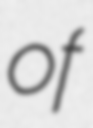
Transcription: of